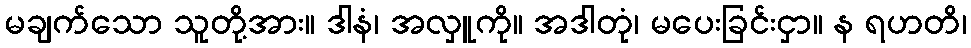
မချက်သော သူတို့အား။ ဒါနံ၊ အလှူကို။ အဒါတုံ၊ မပေးခြင်းငှာ။ န ရဟတိ၊